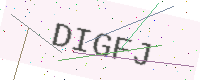
Text: DIGFJ